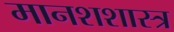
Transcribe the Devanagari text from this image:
मानशशास्त्र